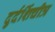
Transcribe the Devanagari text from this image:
दुर्दर्शिचीत्र